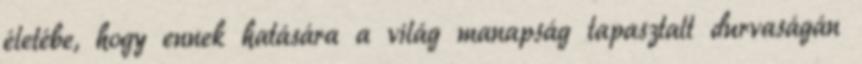
életébe, hogy ennek hatására a világ manapság tapasztalt durvaságán